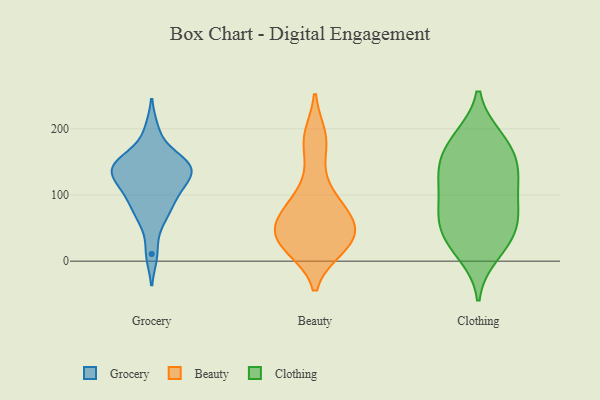
{"axis": {"x": "Bounce Rate (%)", "y": "Value"}, "legend": ["Beauty", "Clothing", "Grocery"], "data": [{"x": "", "y": 111, "type": "Grocery"}, {"x": "", "y": 147, "type": "Grocery"}, {"x": "", "y": 96, "type": "Grocery"}, {"x": "", "y": 70, "type": "Grocery"}, {"x": "", "y": 103, "type": "Grocery"}, {"x": "", "y": 153, "type": "Grocery"}, {"x": "", "y": 135, "type": "Grocery"}, {"x": "", "y": 132, "type": "Grocery"}, {"x": "", "y": 138, "type": "Grocery"}, {"x": "", "y": 152, "type": "Grocery"}, {"x": "", "y": 138, "type": "Grocery"}, {"x": "", "y": 198, "type": "Grocery"}, {"x": "", "y": 11, "type": "Grocery"}, {"x": "", "y": 67, "type": "Grocery"}, {"x": "", "y": 114, "type": "Beauty"}, {"x": "", "y": 36, "type": "Beauty"}, {"x": "", "y": 20, "type": "Beauty"}, {"x": "", "y": 60, "type": "Beauty"}, {"x": "", "y": 25, "type": "Beauty"}, {"x": "", "y": 26, "type": "Beauty"}, {"x": "", "y": 83, "type": "Beauty"}, {"x": "", "y": 71, "type": "Beauty"}, {"x": "", "y": 40, "type": "Beauty"}, {"x": "", "y": 64, "type": "Beauty"}, {"x": "", "y": 178, "type": "Beauty"}, {"x": "", "y": 188, "type": "Beauty"}, {"x": "", "y": 138, "type": "Clothing"}, {"x": "", "y": 186, "type": "Clothing"}, {"x": "", "y": 136, "type": "Clothing"}, {"x": "", "y": 131, "type": "Clothing"}, {"x": "", "y": 11, "type": "Clothing"}, {"x": "", "y": 58, "type": "Clothing"}, {"x": "", "y": 34, "type": "Clothing"}, {"x": "", "y": 79, "type": "Clothing"}, {"x": "", "y": 178, "type": "Clothing"}, {"x": "", "y": 84, "type": "Clothing"}, {"x": "", "y": 27, "type": "Clothing"}, {"x": "", "y": 77, "type": "Clothing"}, {"x": "", "y": 46, "type": "Clothing"}, {"x": "", "y": 114, "type": "Clothing"}, {"x": "", "y": 149, "type": "Clothing"}, {"x": "", "y": 183, "type": "Clothing"}]}